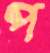
প